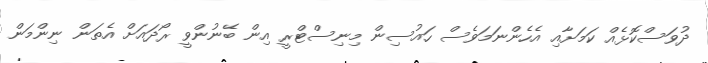
ދުވަސްކޮޅެއް ކަމަށާއި އެހެންނަމަވެސް ހައުސިން މިނިސްޓްރީ އިން ބޭނުންވީ ރޯދައަށް އެތަން ނިންމަން